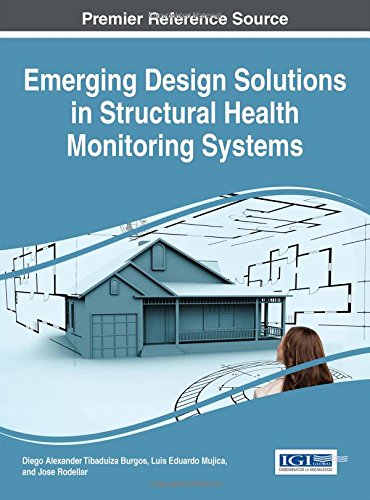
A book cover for Emerging Design Solutions in Structural Health Monitoring Systems; Diego Alexander Tibaduiza Burgos; Arts & Photography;